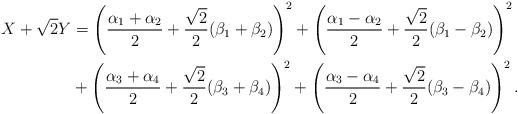
LaTeX: \begin{align*} X+\sqrt{2}Y & = \left( \frac{\alpha_1+\alpha_2}{2} + \frac{\sqrt{2}}{2}(\beta_1+\beta_2)\right)^2+ \left( \frac{\alpha_1-\alpha_2}{2} + \frac{\sqrt{2}}{2}(\beta_1-\beta_2)\right)^2 \\ & + \left( \frac{\alpha_3+\alpha_4}{2} + \frac{\sqrt{2}}{2}(\beta_3+\beta_4)\right)^2+ \left( \frac{\alpha_3-\alpha_4}{2} + \frac{\sqrt{2}}{2}(\beta_3-\beta_4)\right)^2.\end{align*}